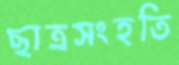
ছাত্রসংহতি